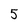
Character: 5